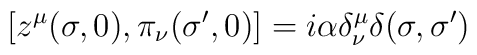
\left[ z^\mu (\sigma,0 ),\pi _\nu (\sigma ^{\prime },0)\right]=i\alpha \delta _\nu ^\mu \delta (\sigma ,\sigma ^{\prime })